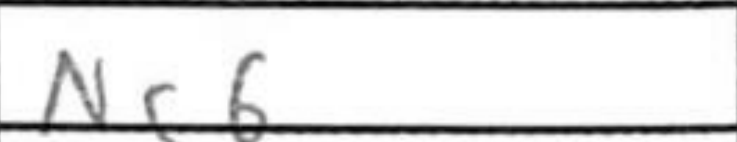
Transcription: Nc6